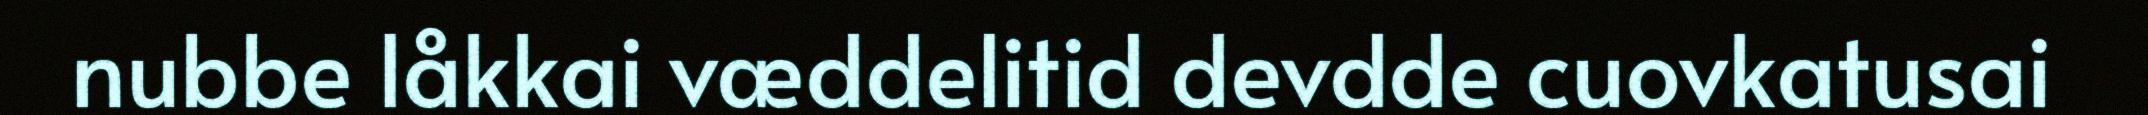
nubbe låkkai væddelitid devdde cuovkatusai